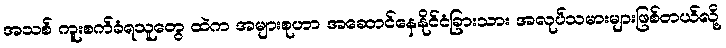
အသစ် ကူးစက်ခံရသူတွေ ထဲက အများစုဟာ အဆောင်နေနိုင်ငံခြားသား အလုပ်သမားများဖြစ်တယ်လို့